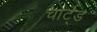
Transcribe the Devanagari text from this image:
चार्ट्ड